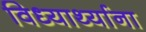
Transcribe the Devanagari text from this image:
विध्यार्थ्याना